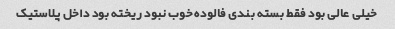
خیلی عالی بود فقط بسته بندی فالوده خوب نبود ریخته بود داخل پلاستیک